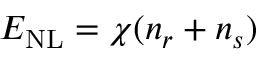
E _ { \mathrm { N L } } = \chi ( n _ { r } + n _ { s } )